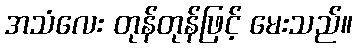
အသံလေး တုန်တုန်ဖြင့် မေးသည်။